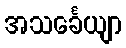
အသင်္ခေယျာ